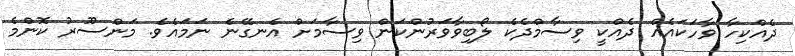
ދެއްކިހާ ވާހަކައެއް ދެއްކީ ވިސާމްދެކެ ލޯބިވާވަރުންކަން ވިސާމަށް އެނގޭނެ ނަމައެވެ. މަންސޫރު ކޮންމެ